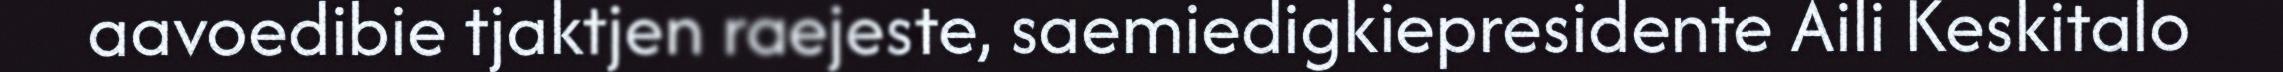
aavoedibie tjaktjen raejeste, saemiedigkiepresidente Aili Keskitalo